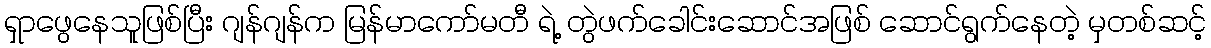
ရှာဖွေနေသူဖြစ်ပြီး ဂျန်ဂျန်က မြန်မာကော်မတီ ရဲ့ တွဲဖက်ခေါင်းဆောင်အဖြစ် ဆောင်ရွက်နေတဲ့ မှတစ်ဆင့်